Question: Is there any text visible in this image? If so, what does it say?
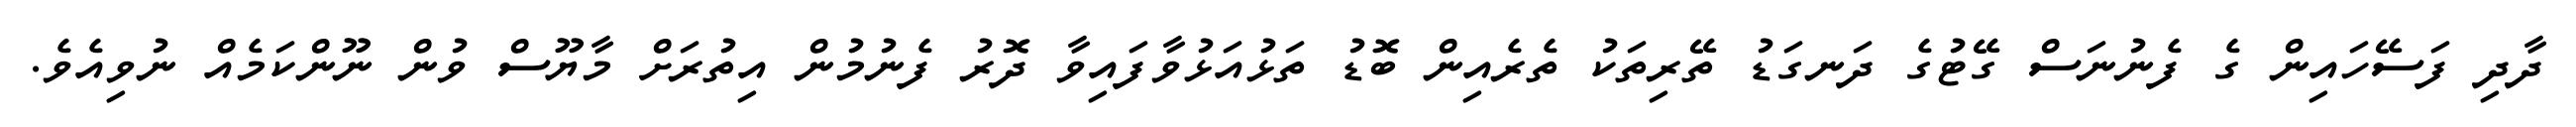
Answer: ދާދި ފަސޭހައިން ގެ ފެނުނަސް ގޭޓުގެ ދަނގަޑު ތޭރިތަކު ތެރެއިން ބޮޑު ތަޅުއަޅުވާފައިވާ ދޮރު ފެނުމުން އިތުރަށް މާޔޫސް ވުން ނޫންކަމެއް ނުވިއެވެ.